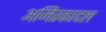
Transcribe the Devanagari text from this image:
अमिरकादल